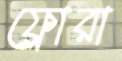
ফ্লোরা